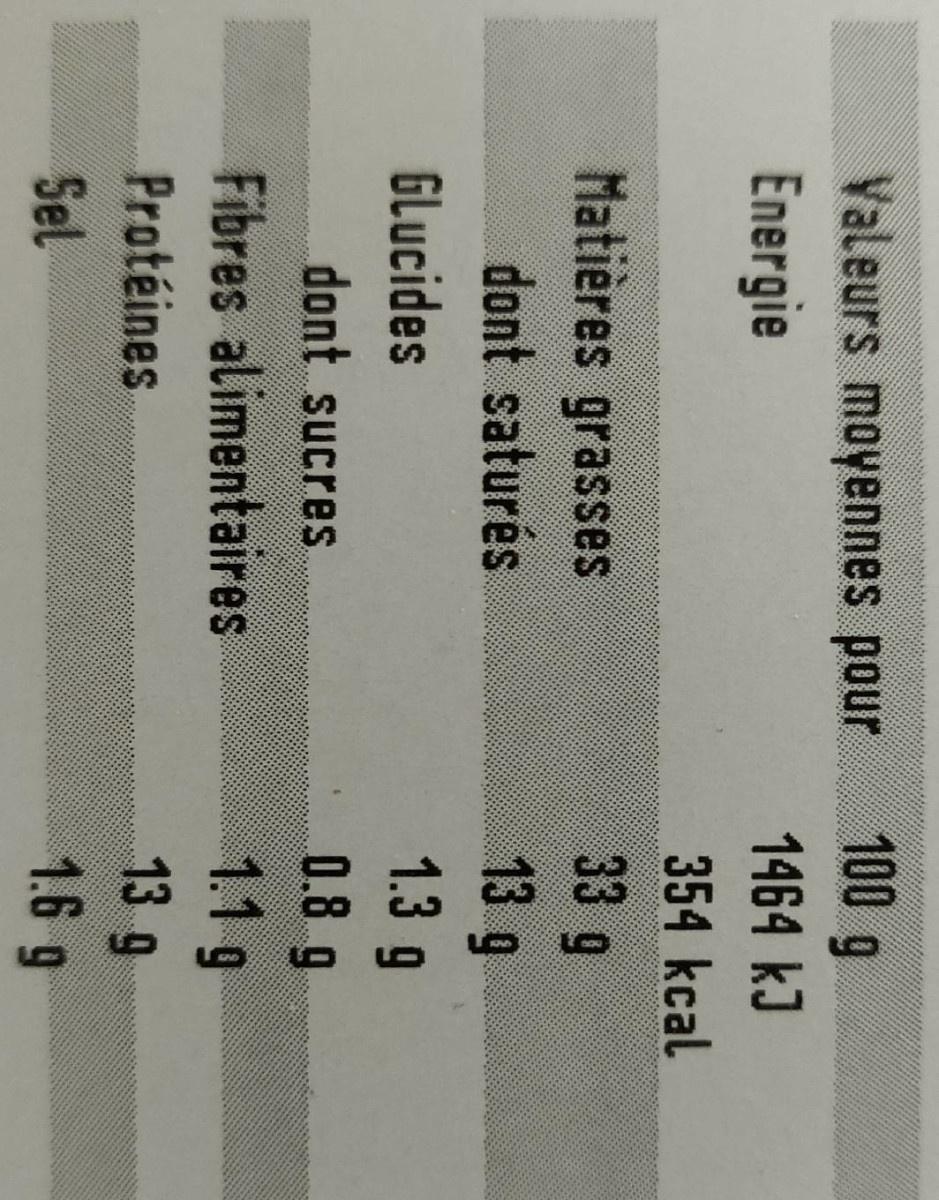
100g
Valeurs moyennes pour
1464 kJ
Energie
354 kcal 33 9
Matières grasses dont saturés
13 g 1.3 g
Glucides
0.8 g 1.1 g 139
dont. sucres
6.
Fibres alimentaires
Protéines
1.6 9
Sel